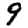
Digit: 9